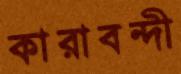
কারাবন্দী